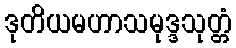
ဒုတိယမဟာသမုဒ္ဒသုတ္တံ